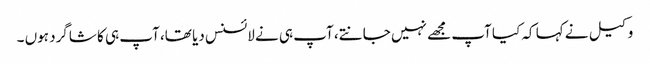
وکیل نے کہا کہ کیا آپ مجھے نہیں جانتے، آپ ہی نے لائسنس دیا تھا، آپ ہی کا شاگرد ہوں ۔